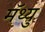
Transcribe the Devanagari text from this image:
मॅथ्यु